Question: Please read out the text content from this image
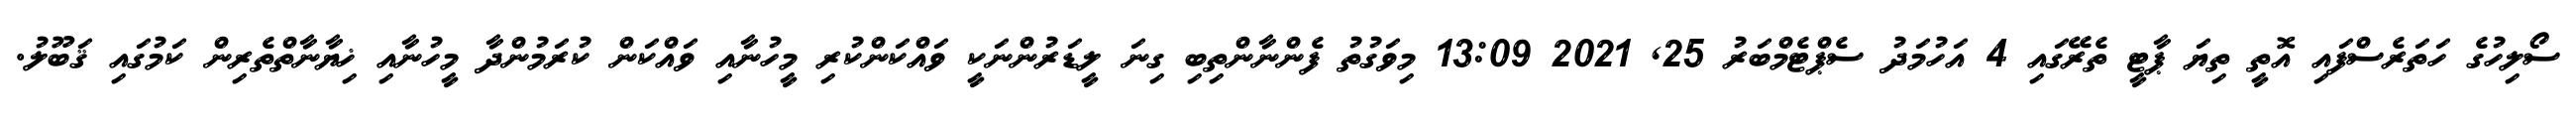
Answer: ސޯލިހުގެ ހަތަރެސްފައި އޮތީ ތިޔަ ޕާޓީ ތެރޭގައި 4 އަހުމަދު ސެޕްޓެމްބަރު 25, 2021 13:09 މިވަގުތު ފެންނާންތިބި ގިނަ ލީޑަރުންނަކީ ވައްކަންކުރި މީހުނާއި ވައްކަން ކުރަމުންދާ މީހުނާއި ޚިޔާނާތްތެރިން ކަމުގައި ޤަބޫލު.